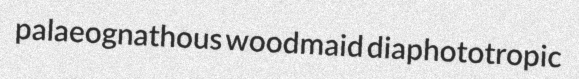
palaeognathous woodmaid diaphototropic